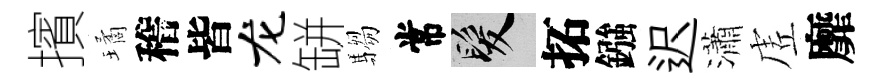
擯璚稽皆龙缾騶常髮拓鏹迟瀟虗靡